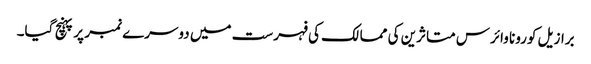
برازیل کورونا وائرس متاثرین کی ممالک کی فہرست میں دوسرے نمبر پر پہنچ گیا۔